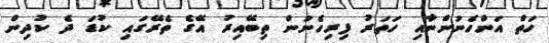
ހަތް އަންހެނުންނާއި ހަތަރު ފިރިހެނުން ތިބޭއިރު އޭގެ ތެރޭގައި ކުޑަ ދެ ކުދިން